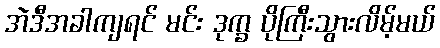
အဲဒီအခါကျရင် မင်း ဒုက္ခ ပိုကြီးသွားလိမ့်မယ်